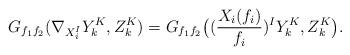
LaTeX: \begin{align*}G_{f_1f_2}(\nabla_{X_i^I}Y_k^K,Z_k^K)=G_{f_1f_2}\big((\frac{X_i(f_i)}{f_i})^IY_k^K,Z_k^K\big).\end{align*}